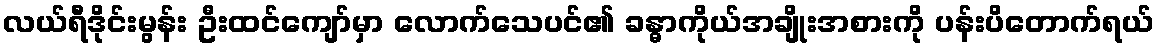
လယ်ရီဒိုင်းမွန်း ဦးထင်ကျော်မှာ လောက်သေပင်၏ ခန္ဓာကိုယ်အချိုးအစားကို ပန်းပိတောက်ရယ်